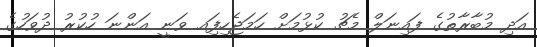
އަދި މުބާރާތުގެ ފައިނަލް މެޗު ކުޅުމަށް ހަމަޖެހިފަިއ ވަނީ އަންނަ ހުކުރު ދުވަހުގެ